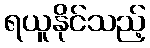
ရယူနိုင်သည့်